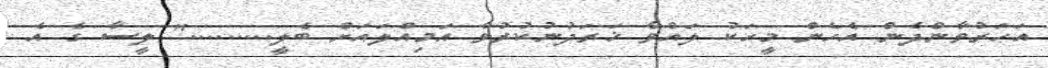
އަހަރުވާންދެން އެހެން މީހަކު ލައްވާ ޚަރަދުނުކުރުވާ އަމިއްލައަށް ބެލީ........." ލީސާ ގެ އެ